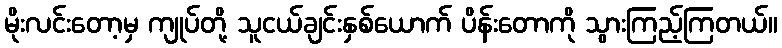
မိုးလင်းတော့မှ ကျုပ်တို့ သူငယ်ချင်းနှစ်ယောက် ပိန်းတောကို သွားကြည့်ကြတယ်။